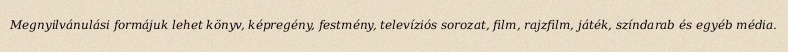
Megnyilvánulási formájuk lehet könyv, képregény, festmény, televíziós sorozat, film, rajzfilm, játék, színdarab és egyéb média.